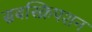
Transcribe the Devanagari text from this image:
सबस्क्रिपशन